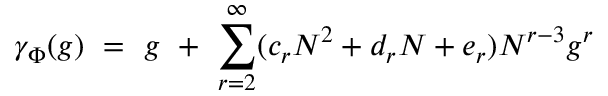
\gamma _ { \Phi } ( g ) ~ = ~ g ~ + ~ \sum _ { r = 2 } ^ { \infty } ( c _ { r } N ^ { 2 } + d _ { r } N + e _ { r } ) N ^ { r - 3 } g ^ { r }